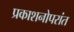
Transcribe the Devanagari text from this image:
प्रकाशनोपरांत